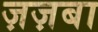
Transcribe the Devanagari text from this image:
ज़ज़बा